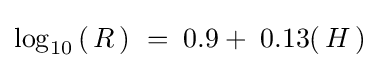
\log _{10}\,(\,R\,)\ =\;0.9+\;0.13(\,H\,)